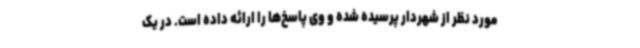
مورد نظر از شهردار پرسیده شده و وی پاسخ‌ها را ارائه داده است. در یک